Annual statistical returns and brief notes on vaccination in Bengal - 1887-1898
Year: 1887
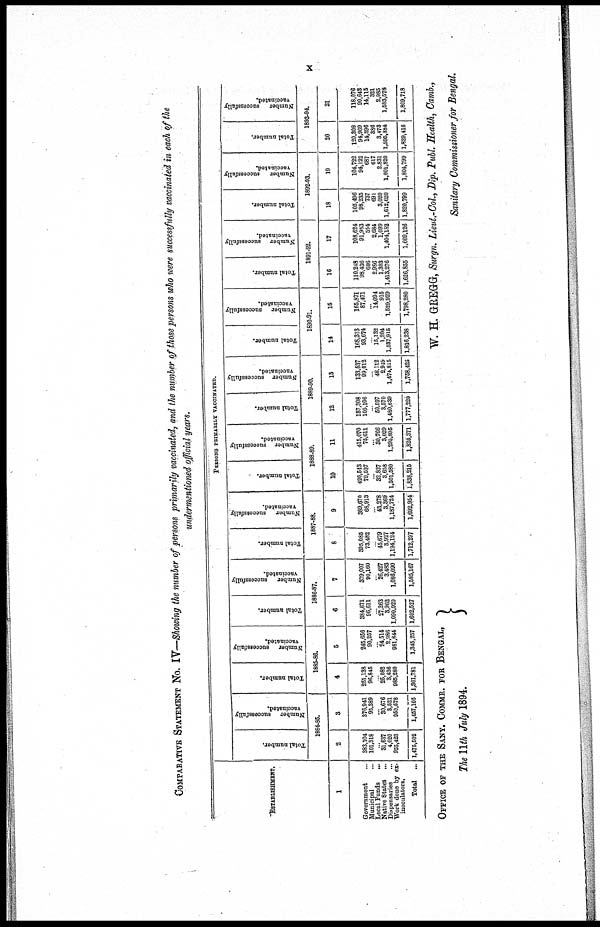
x
COMPARATIVE STATEMENT NO. IV—Showing the number of persons primarily vaccinated, and the number of those persons who were successfully vaccinated in each of the
undermentioned official years.
ESTABLISHMENT
1
Government ...
Municipal ...
Local Funds
...
Native States ...
Dispensaries ...
Work done by ex-
inoculators.
Total ...
PERSONS PRIMARILY VACCINATED
Total number.
Number
successfully
vaccinated.
1884-85.
2
383,104
101,318
...
31,637
4,020
955,423
1,475,502
3
376,941
95,389
...
30,676
3,521
950,578
1,457,105
Total number.
Number
successfully
vaccinated.
1885-86.
4
251,138
96,845
...
25,082
3,436
985,280
1,361,781
5
245,656
90,257
...
24,514
2,986
981,844
1,345,257
Total number.
Number
successfully
vaccinated.
1886-87.
6
384,671
96,611
...
27,263
3,962
1,090,020
1,602,527
7
379,007
90,160
...
26,427
3,483
1,086,090
1,585,167
Total number.
Number
successfully
vaccinated.
1887-88.
8
395,085
73,482
...
45,679
3,927
1,194,124
1,712,297
9
389,670
68,913
...
43,278
3,369
1,187,724
1,692,954
Total number.
Number successfully
vaccinated.
1888-89.
10
420,543
79,597
...
32,837
3,658
1,301,580
1,838,215
11
415,070
75,611
...
30,766
3,029
1,295,895
1,820,371
Total number.
Number successfully
vaccinated.
1889-90.
12
137,308
105,106
...
50,597
3,570
l,480,639
1,777,220
13
133,537
99,012
...
48,112
2,949
1,474,815
1,758,425
Total number.
Number
successfully
vaccinated.
1890-91.
14
168,313
93,674
...
15,132
1,204
1,537,915
1,816,238
15
165,871
87,471
...
14,094
915
1,529,929
1,798,280
Total number.
Number
successfully
vaccinated.
1891-92.
16
110,248
98,436
606
2,986
1,303
1,413,276
1,626,855
17
108,624
91,983
554
2,684
1,099
1,404,182
1,609,126
Total number.
Number
successfully
vaccinated.
1892-93.
18
105,496
98,235
737
691
3,020
1,612,620
1,820,799
19
104,722
94,122
687
617
2,831
1,601,820
1,804,799
Total number.
Number
successfully
vaccinated.
1893-94.
20
120,308
94,969
14,396
386
3,473
1,595,384
1,829,416
21
118,076
90,643
14,115
321
2,985
1,583,578
1,809,718
OFFICE OF THE SANY. COMMR. FOR BENGAL,
The 11th July 1894.
W. H. GREGG, Surgn. Lieut.-Col., Dip. Publ. Health, Camb.,
Sanitary Commissioner for Bengal.